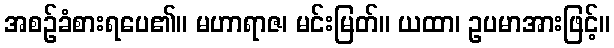
အစဉ်ခံစားရပေ၏။ မဟာရာဇ၊ မင်းမြတ်။ ယထာ၊ ဥပမာအားဖြင့်။